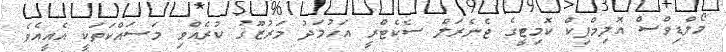
މޯލްޑިވްސް އޮލިމްޕިކް ކޮމިޓީގެ ޖެނެރަލް ސެކެޓްރީ އަހުމަދު މަރުޒޫޤު ކުރެއްވި މަސައްކަތަކީ އެއީއެވެ.